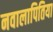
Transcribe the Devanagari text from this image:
नवालापितिया